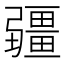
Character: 疆